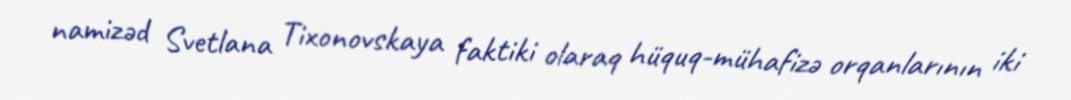
namizəd Svetlana Tixonovskaya faktiki olaraq hüquq-mühafizə orqanlarının iki